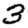
Digit: 3